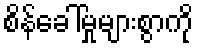
စိန်ခေါ်မှုများစွာကို